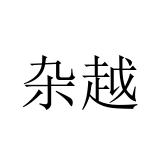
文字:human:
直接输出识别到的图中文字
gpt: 杂越